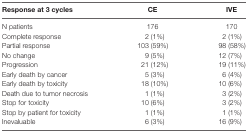
<table><thead><tr><td><b>Response at 3 cycles</b></td><td><b>CE</b></td><td><b>IVE</b></td></tr></thead><tbody><tr><td>N patients</td><td>176</td><td>170</td></tr><tr><td>Complete response</td><td>2 (1%)</td><td>2 (1%)</td></tr><tr><td>Partial response</td><td>103 (59%)</td><td>98 (58%)</td></tr><tr><td>No change</td><td>9 (5%)</td><td>12 (7%)</td></tr><tr><td>Progression</td><td>21 (12%)</td><td>19 (11%)</td></tr><tr><td>Early death by cancer</td><td>5 (3%)</td><td>6 (4%)</td></tr><tr><td>Early death by toxicity</td><td>18 (10%)</td><td>10 (6%)</td></tr><tr><td>Death due to tumor necrosis</td><td>1 (1%)</td><td>3 (2%)</td></tr><tr><td>Stop for toxicity</td><td>10 (6%)</td><td>3 (2%)</td></tr><tr><td>Stop by patient for toxicity</td><td>1 (1%)</td><td>1 (1%)</td></tr><tr><td>Inevaluable</td><td>6 (3%)</td><td>16 (9%)</td></tr></tbody></table>